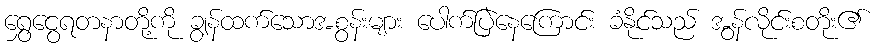
ရွှေငွေရတနာတို့ကို ချွန်ထက်သောအစွန်းများ ပေါက်ပြဲနေကြောင်း ခံနိုင်သည် အွန်လိုင်းစတိုး၏